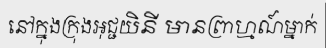
នៅក្នុងក្រុងអុជ្ជយិនី មានព្រាហ្មណ៍ម្នាក់